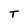
Character: T